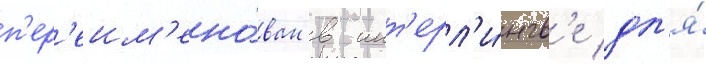
п'ер'еим'ено́ван в инт'ерл'и́нгв'е дл'я́